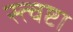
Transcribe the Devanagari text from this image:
स्त्वष्टा